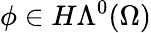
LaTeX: \phi\in H\Lambda^{0}(\Omega)